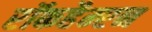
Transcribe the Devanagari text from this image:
रॉकहैम्प्टन